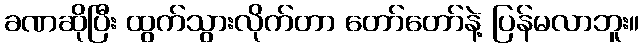
ခဏဆိုပြီး ထွက်သွားလိုက်တာ တော်တော်နဲ့ ပြန်မလာဘူး။